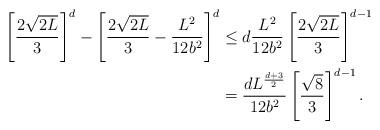
LaTeX: \begin{align*} \left[\frac{2\sqrt{2L}}{3}\right]^d-\left[\frac{2\sqrt{2L}}{3}-\frac{L^2}{12b^2}\right]^d &\leq d\frac{L^2}{12b^2}\left[\frac{2\sqrt{2L}}{3}\right]^{d-1}\\ &=\frac{dL^{\frac{d+3}{2}}}{12b^2}\left[\frac{\sqrt{8}}{3}\right]^{d-1}. \end{align*}